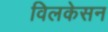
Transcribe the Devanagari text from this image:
विलकेसन